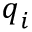
\boldsymbol { q } _ { i }